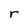
Character: r